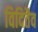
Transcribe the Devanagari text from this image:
विदितैव